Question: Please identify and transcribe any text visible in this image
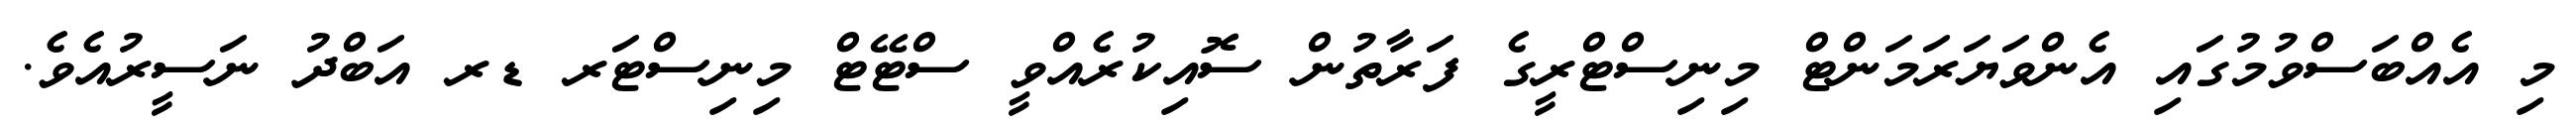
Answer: މި އެއްބަސްވުމުގައި އެންވަޔަރަމަންޓް މިނިސްޓްރީގެ ފަރާތުން ސޮއިކުރެއްވީ ސްޓޭޓް މިނިސްޓަރ ޑރ އަބްދު ނަސީރުއެވެ.